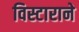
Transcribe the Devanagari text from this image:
विस्टाराने